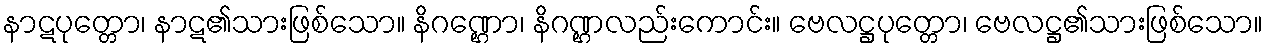
နာဋပုတ္တော၊ နာဋ၏သားဖြစ်သော။ နိဂဏ္ဌော၊ နိဂဏ္ဌလည်းကောင်း။ ဗေလဋ္ဌပုတ္တော၊ ဗေလဋ္ဌ၏သားဖြစ်သော။